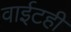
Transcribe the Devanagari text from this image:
वाईटही